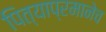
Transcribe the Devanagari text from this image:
पित्याप्रमानेच